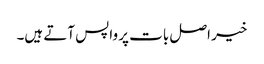
خیر اصل بات پر واپس آتے ہیں۔